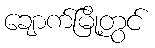
ချောက်မြို့တွင်